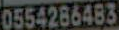
0554286483